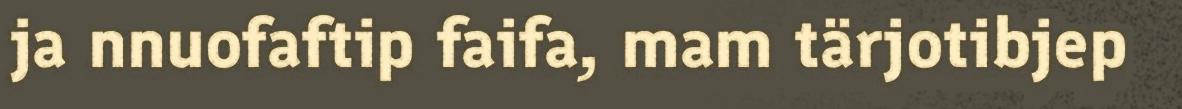
ja nnuofaftip faifa, mam tärjotibjep